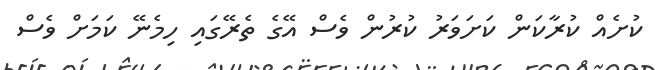
ކުށެއް ކުރާކަން ކަށަވަރު ކުރުން ވެސް އޭގެ ތެރޭގައި ހިމެނޭ ކަމަށް ވެސް